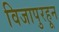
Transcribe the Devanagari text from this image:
विजापुरहून